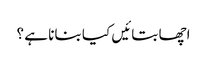
اچھا بتائیں کیا بنانا ہے ؟